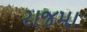
રાજમા